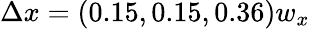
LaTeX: \Delta x=(0.15,0.15,0.36)w_{x}